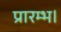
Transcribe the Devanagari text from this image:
प्रारम्‍भ।